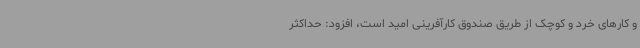
و کارهای خرد و کوچک از طریق صندوق کارآفرینی امید است، افزود: حداکثر